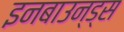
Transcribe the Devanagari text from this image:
इनबाउन्ड्स